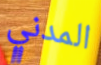
المدني